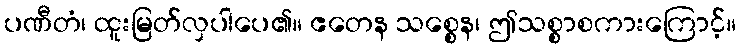
ပဏီတံ၊ ထူးမြတ်လှပါပေ၏။ ဧတေန သစ္စေန၊ ဤသစ္စာစကားကြောင့်။